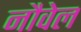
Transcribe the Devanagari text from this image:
नौवेल